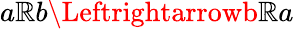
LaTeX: a\mathbb{R}b\Leftrightarrowb\mathbb{R}a